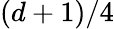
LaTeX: (d+1)/4